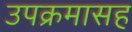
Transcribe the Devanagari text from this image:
उपक्रमासह